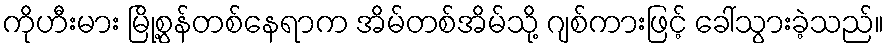
ကိုဟီးမား မြို့စွန်တစ်နေရာက အိမ်တစ်အိမ်သို့ ဂျစ်ကားဖြင့် ခေါ်သွားခဲ့သည်။